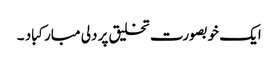
ایک خوبصورت تخلیق پر دلی مبارکباد ۔